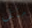
مثل